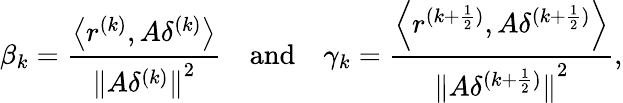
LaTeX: {\beta_{k}}=\frac{{\left\langle{{r^{(k)}},A{\delta^{(k)}}}\right\rangle}}{{{{\| {A{\delta^{(k)}}}\| }^{2}}}}\quad{\mathrm{and}}\quad{{\gamma_{k}}=\frac{{\left\langle{{r^{(k+\frac{1}{2})}},A{\delta^{(k+\frac{1}{2})}}}\right\rangle}}{{{{\| {A{\delta^{(k+\frac{1}{2})}}}\| }^{2}}}}},